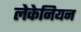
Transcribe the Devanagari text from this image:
लेकेनियन